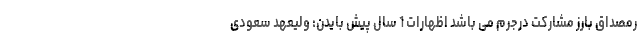
رمصداق بارز مشارکت درجرم می باشد اظهارات 1 سال پیش بایدن: ولیعهد سعودی